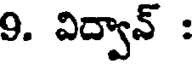
9. విద్వావ్ :